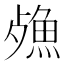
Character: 𣩕